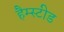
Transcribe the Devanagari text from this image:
हैम्स्टीड